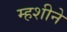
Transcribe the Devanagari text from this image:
म्हशीने